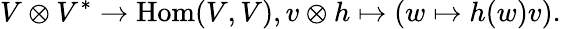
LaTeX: V\otimes V^{*}\to\operatorname{Hom}(V,V),v\otimes h\mapsto(w\mapsto h(w)v).